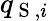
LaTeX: q_{\mathrm{~S~},i}